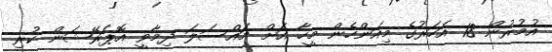
އުމުރުން 18 އަހަރުގެ މިއަންހެން މީހާ އަށް މައްސަލަ ދިމާވީ އޮޕަރޭޝަން ކުރި